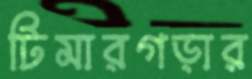
টিমারগড়ার